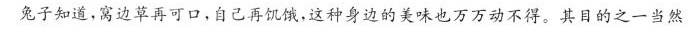
兔子知道，窝边草再可口，自己再饥饿，这种身边的美味也万万动不得。其目的之一当然